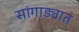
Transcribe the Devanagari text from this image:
सांगाड्यात